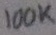
Text: 100K